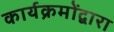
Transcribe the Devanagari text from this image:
कार्यक्रमोंद्वारा